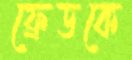
ফ্রেডকে